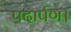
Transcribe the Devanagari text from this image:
पदार्पण।